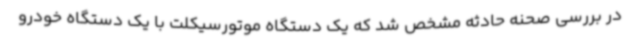
در بررسی صحنه حادثه مشخص شد که یک دستگاه موتورسیکلت با یک دستگاه خودرو